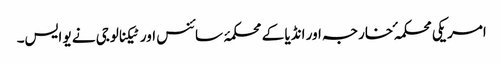
امریکی محکمہ ٔ خارجہ اور انڈیا کے محکمۂ سائنس اور ٹیکنالوجی نے یو ایس۔